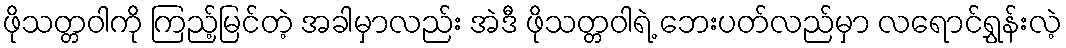
ဖိုသတ္တဝါကို ကြည့်မြင်တဲ့ အခါမှာလည်း အဲဒီ ဖိုသတ္တဝါရဲ့ ဘေးပတ်လည်မှာ လရောင်ရွှန်းလဲ့